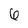
Character: 6